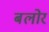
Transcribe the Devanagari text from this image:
बलोर